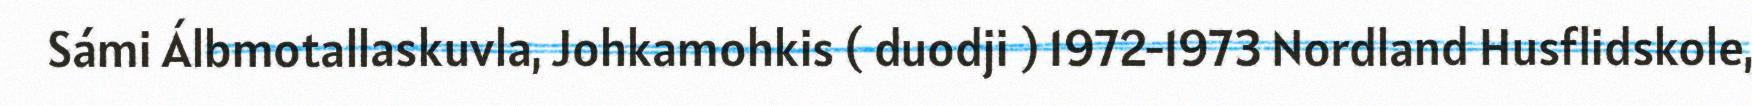
Sámi Álbmotallaskuvla, Johkamohkis ( duodji ) 1972‑1973 Nordland Husflidskole,